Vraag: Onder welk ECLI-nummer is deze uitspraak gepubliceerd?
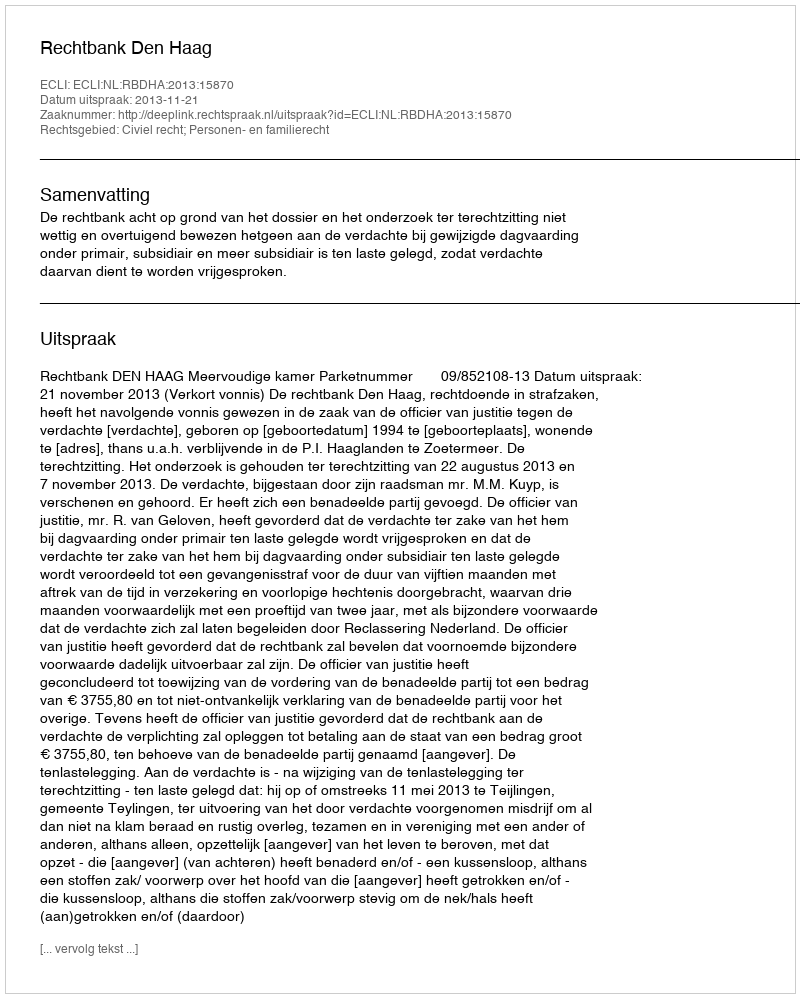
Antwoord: ECLI:NL:RBDHA:2013:15870